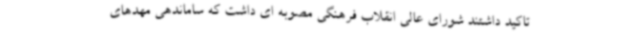
تاکید داشتند شورای عالی انقلاب فرهنگی مصوبه ای داشت که ساماندهی مهدهای